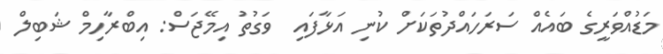
މަޑުއްވަރީގެ ބައެއް ސަރަހައްދުތަކަށް ކުނި އަޅާފައި  ވަގުތު އިމޭޖަސް: އިބްރާހިމް ޝަބިލް